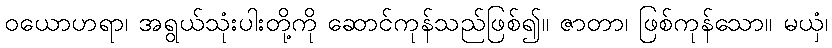
ဝယောဟရာ၊ အရွယ်သုံးပါးတို့ကို ဆောင်ကုန်သည်ဖြစ်၍။ ဇာတာ၊ ဖြစ်ကုန်သော။ မယှံ၊